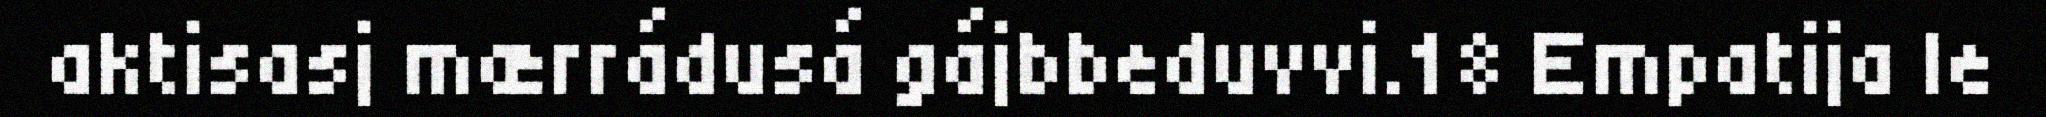
aktisasj mærrádusá gájbbeduvvi.18 Empatija le